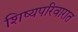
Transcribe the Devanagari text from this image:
शिष्यपरिवारात